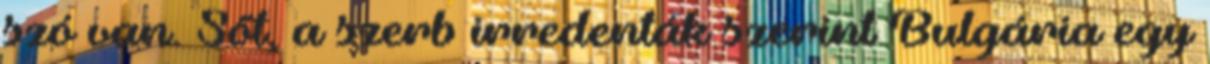
szó van. Sőt, a szerb irredenták szerint Bulgária egy